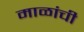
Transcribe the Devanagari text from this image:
माळांची